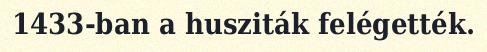
1433-ban a husziták felégették.